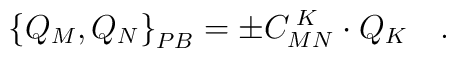
\left\{ Q_M,Q_N\right\} _{PB}=\pm C_{MN}^{\;K}\cdot Q_K\quad .